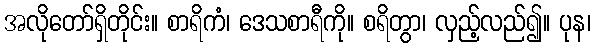
အလိုတော်ရှိတိုင်း။ စာရိကံ၊ ဒေသစာရီကို။ စရိတွာ၊ လှည့်လည်၍။ ပုန၊